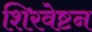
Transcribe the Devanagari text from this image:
शिरवेष्टन